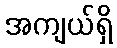
အကျယ်ရှိ